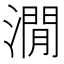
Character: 㵎